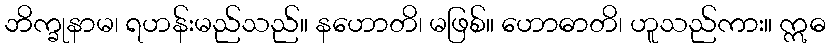
ဘိက္ခုနာမ၊ ရဟန်းမည်သည်။ နဟောတိ၊ မဖြစ်။ ဟောဓာတိ၊ ဟူသည်ကား။ ဣဓ